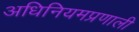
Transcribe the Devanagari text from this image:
अधिनियमप्रणाली